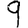
Digit: 9